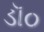
ડૉ૦